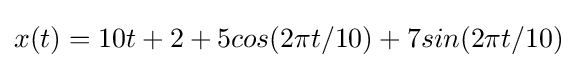
x(t)=10t+2+5cos(2\pi t/10)+7sin(2\pi t/10)